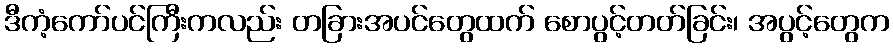
ဒီကံ့ကော်ပင်ကြီးကလည်း တခြားအပင်တွေထက် စောပွင့်တတ်ခြင်း၊ အပွင့်တွေက